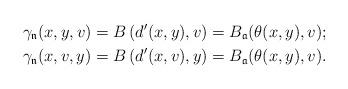
LaTeX: \begin{align*}\gamma_{\mathfrak n}(x,y,v)&=B\left(d'(x,y),v \right)=B_{\mathfrak a}(\theta(x,y),v);\\\gamma_{\mathfrak n}(x,v,y)&=B\left(d'(x,v),y \right)=B_{\mathfrak a}(\theta(x,y),v).\end{align*}